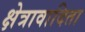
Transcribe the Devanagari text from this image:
क्षेत्रावादिता